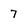
Character: 7